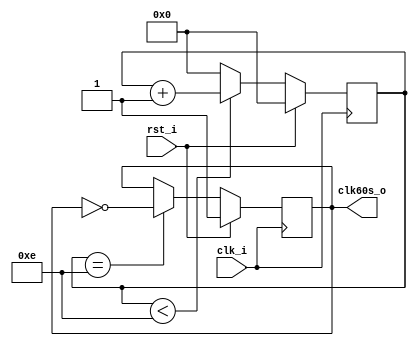
//-----------------------------------------------------
// ProjectName: ASIC watch 
// Description: 0 - 14 counter. 2 second increments
// Coder      : G.Cabo & L.Ledoux
// References :
//-----------------------------------------------------
`default_nettype none
`timescale 1 ns / 1 ps

`ifndef SYNT
    `ifdef FORMAL 
        `define ASSERTIONS
    `endif
`endif

module count60s (
    input wire rst_i, // active high
    input wire clk_i, //1 Hz 
    output reg clk60s_o // 1/60 Hz registered
);

//free running counter
reg [4:0] count_int;
always @(posedge clk_i) begin : count_6bit
            if (rst_i) begin
                count_int <= 0;
            end else begin
                if (count_int < 14) begin 
                    count_int <= count_int+1; 
                end else begin
                    count_int <= 0; 
                end
            end
end

always @(posedge clk_i) begin: clk_xxxm
            if (rst_i) begin
                clk60s_o <= 1;
            end else begin
                if (count_int == 14 ) begin 
                    clk60s_o <= ~clk60s_o;
                end else begin
                    clk60s_o <= clk60s_o;
                end
            end
end

endmodule